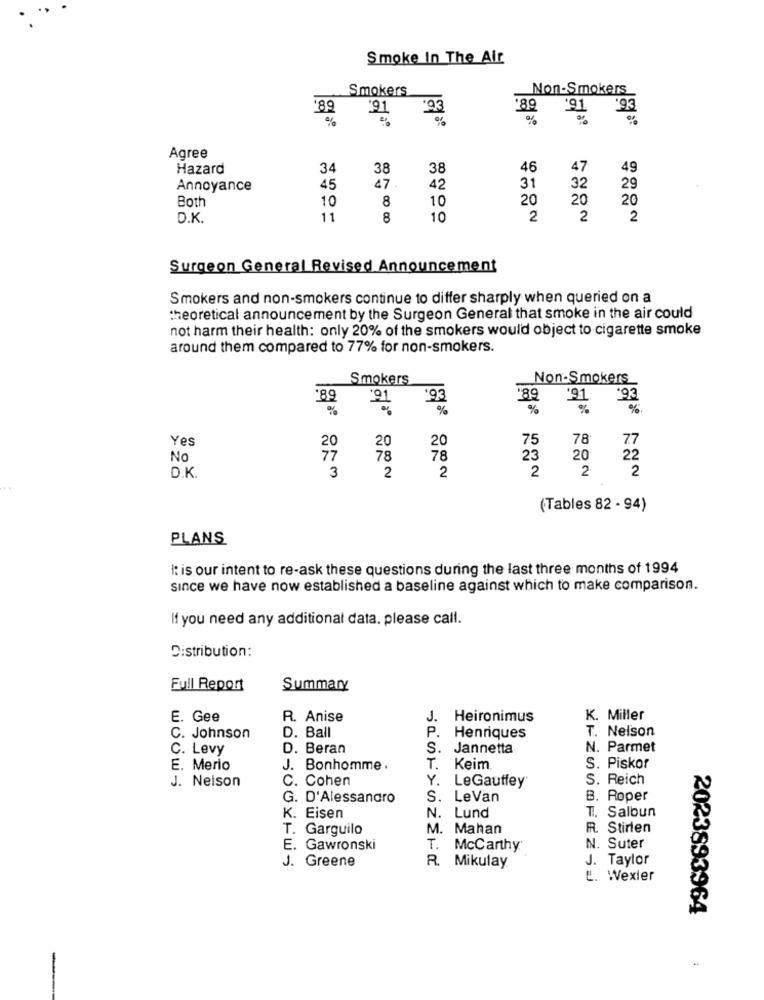
Smoke In The Air
Smokers
Non-Smokers
'89
21
93
89
91
Agree
Hazard
34
38
38
46
47
49
Annoyance
45
47.
42
31
32
29
Both
10
8
10
20
20
20
D.K.
11
8
10
2
2
2
Surgeon General Revised Announcement
Smokers and non-smokers continue to differ sharply when queried on a
theoretical announcement by the Surgeon General that smoke in the air could
not harm their health: only 20% of the smokers would object to cigarette smoke
around them compared to 77% for non-smokers.
Smokers
Non-Smokers
89
'89
'91
'93
%
%
Yes
20
20
75
78
77
20
No
77
78
78
23
20
22
2
2
2
2
2
D.K.
3
(Tables 82 - 94)
PLANS
it is our intent to re-ask these questions during the last three months of 1994
since we have now established a baseline against which to make comparison.
If you need any additional data. please call.
Distribution:
Full Report
Summary
E. Gee
R. Anise
J.
Heironimus
K. Miller
T. Nelson
C. Johnson
D. Ball
Henriques
C. Levy
D. Beran
S.
Jannetta
N. Parmet
E. Merio
J. Bonhomme .
T.
Keim
S. Piskor
J. Nelson
WOOW-
C. Cohen
Y.
LeGautfey
S. Reich
G. D'Alessandro
S. LeVan
B. Roper
K. Eisen
N.
T. Salbun
Lund
T. Garguilo
M. Mahan
RR. Stirlen
E. Gawronski
T.
McCarthy
N. Suter
J. Greene
J. Taylor
R. Mikulay
L. Wexler
2023893964